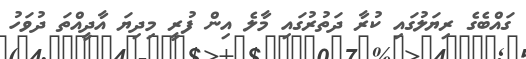
ގައްބެގެ ރިޔަލުގައި ކުރާ ދަތުރުގައި މާލެ އިން ފުރީ މިދިޔަ އާދީއްތަ ދުވަހު